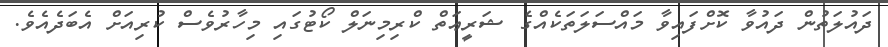
ދައުލަތުން ދައުވާ ކޮށްފައިވާ މައްސަލަތަކެއްގެ ޝަރީޢަތް ކްރިމިނަލް ކޯޓުގައި މިހާރުވެސް ކުރިއަށް އެބަދެއެވެ.